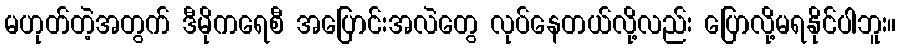
မဟုတ်တဲ့အတွက် ဒီမိုကရေစီ အပြောင်းအလဲတွေ လုပ်နေတယ်လို့လည်း ပြောလို့မရနိုင်ပါဘူး။